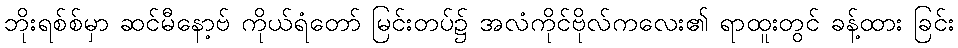
ဘိုးရစ်စ်မှာ ဆင်မီနော့ဗ် ကိုယ်ရံတော် မြင်းတပ်၌ အလံကိုင်ဗိုလ်ကလေး၏ ရာထူးတွင် ခန့်ထား ခြင်း